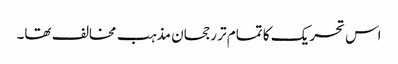
اس تحریک کا تمام تر رجحان مذہب مخالف تھا۔